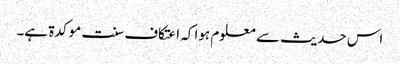
اس حدیث سے معلوم ہوا کہ اعتکاف سنت موکدۃ ہے۔